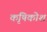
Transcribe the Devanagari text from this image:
कृषिकोश